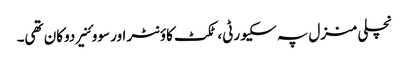
نچلی منزل پہ سکیورٹی، ٹکٹ کاؤنٹر اور سووئنیر دوکان تھی۔